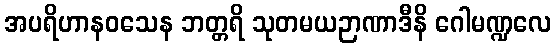
အပရိဟာနဝသေန ဘတ္တရိ သုတမယဉာဏာဒီနိ ဂေါမဏ္ဍလေ